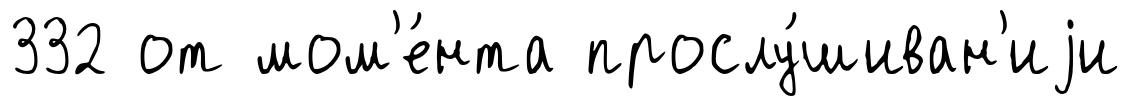
332 от мом'е́нта прослу́шиван'иjи